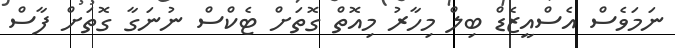
ނަމަވެސް އެސްއީޒެޑް ބިލް މިހާރު މިއޮތް ގޮތަށް ޓެކްސް ނުނަގާ ގޮތަށް ފާސް